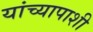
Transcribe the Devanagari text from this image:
यांच्यापाशी